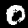
Label: 0